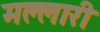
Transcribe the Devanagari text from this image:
मल्लारी